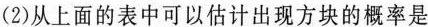
(2)从上面的表中可以估计出现方块的概率是